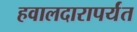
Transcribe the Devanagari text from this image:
हवालदारापर्यंत